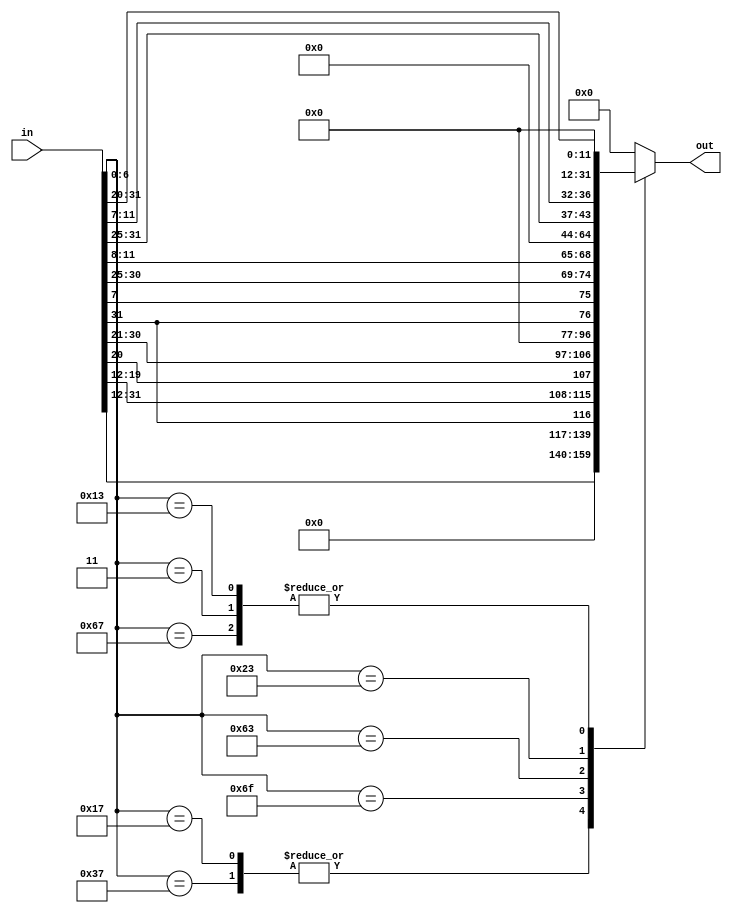
module imm(in,out);
  input [31:0]in;
  output reg [31:0]out;
  reg[31:0]out1;
always@(in)
case (in[6:0])
  55: out={in[31:12],12'b0}; //LUI, 0110111
  23: out={in[31:12],12'b0}; //AUIPC, 0010111
  111: begin out1={in[31],in[19:12],in[20],in[30:21],12'b0}; out=out1>>>11; end //JAL, 1101111
  103: begin out={20'b0,in[31:20]};  end //JALR, 1100111
  99: begin out1={in[31],in[7],in[30:25],in[11:8],20'b0}; out=out1>>>19; end //B, 1100011
  3: begin out1={in[31:20],20'b0}; out=out1>>>20; end //L, 0000011
  35: begin out1={in[31:25],in[11:7],20'b0}; out=out1>>>20; end //S, 0100011
  19: begin out1={in[31:20],20'b0}; out=out1>>>20; end //ALUopI, 0010011
  default: out=32'b0;
endcase
endmodule


module t_imm;
  reg [31:0]in;
  wire [31:0]out;
  imm test(in,out);
  initial begin
     #0 in=32'b0000_1010_0110_1001_0110_1010_0011_0111;
    #10 in=32'b0000_1010_0110_1001_0110_1010_0001_0111;
    #10 in=32'b0000_1010_0110_1001_0110_1010_0110_1111;
    #10 in=32'b0000_1010_0110_1001_0110_1010_0110_0111;
    #10 in=32'b0000_1010_0110_1001_0110_1010_0110_0011;
    #10 in=32'b0000_1010_0110_1001_0110_1010_0000_0011;
    #10 in=32'b0000_1010_0110_1001_0110_1010_0010_0011;
    #10 in=32'b0000_1010_0110_1001_0110_1010_0001_0011;
  end
endmodule